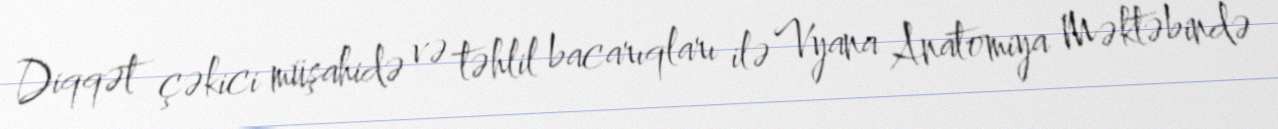
Diqqət çəkici müşahidə və təhlil bacarıqları ilə Vyana Anatomiya Məktəbində